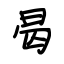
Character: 曷